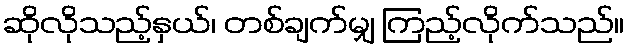
ဆိုလိုသည့်နှယ်၊ တစ်ချက်မျှ ကြည့်လိုက်သည်။